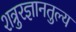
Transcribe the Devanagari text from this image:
शत्रुरज्ञानतुल्य